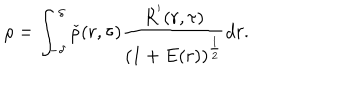
\rho = \int _ { - \delta } ^ { \delta } \check { \rho } ( r , \tau ) \frac { R ^ { ' } ( r , \tau ) } { \left( 1 + E ( r ) \right) ^ { \frac { 1 } { 2 } } } d r .